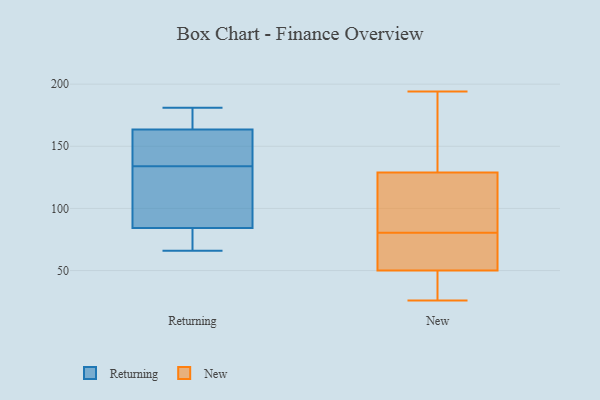
{"axis": {"x": "Active Users", "y": "Value"}, "legend": ["New", "Returning"], "data": [{"x": "", "y": 77, "type": "Returning"}, {"x": "", "y": 66, "type": "Returning"}, {"x": "", "y": 108, "type": "Returning"}, {"x": "", "y": 181, "type": "Returning"}, {"x": "", "y": 150, "type": "Returning"}, {"x": "", "y": 168, "type": "Returning"}, {"x": "", "y": 70, "type": "Returning"}, {"x": "", "y": 106, "type": "Returning"}, {"x": "", "y": 134, "type": "Returning"}, {"x": "", "y": 170, "type": "Returning"}, {"x": "", "y": 141, "type": "Returning"}, {"x": "", "y": 41, "type": "New"}, {"x": "", "y": 31, "type": "New"}, {"x": "", "y": 26, "type": "New"}, {"x": "", "y": 165, "type": "New"}, {"x": "", "y": 112, "type": "New"}, {"x": "", "y": 194, "type": "New"}, {"x": "", "y": 51, "type": "New"}, {"x": "", "y": 129, "type": "New"}, {"x": "", "y": 50, "type": "New"}, {"x": "", "y": 120, "type": "New"}, {"x": "", "y": 131, "type": "New"}, {"x": "", "y": 86, "type": "New"}, {"x": "", "y": 72, "type": "New"}, {"x": "", "y": 75, "type": "New"}, {"x": "", "y": 68, "type": "New"}, {"x": "", "y": 146, "type": "New"}, {"x": "", "y": 109, "type": "New"}, {"x": "", "y": 33, "type": "New"}]}